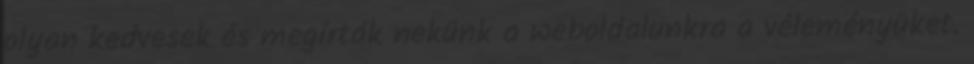
olyan kedvesek és megírták nekünk a weboldalunkra a véleményüket.